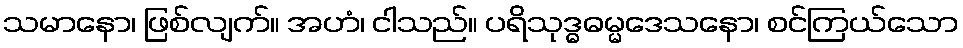
သမာနော၊ ဖြစ်လျက်။ အဟံ၊ ငါသည်။ ပရိသုဒ္ဓဓမ္မဒေသနော၊ စင်ကြယ်သော